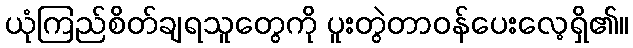
ယုံကြည်စိတ်ချရသူတွေကို ပူးတွဲတာဝန်ပေးလေ့ရှိ၏။